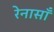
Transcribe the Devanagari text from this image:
रेनासाँ